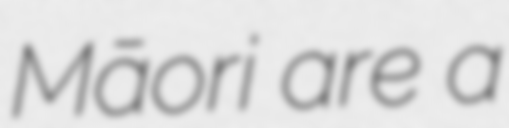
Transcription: Māori are a